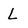
Character: L